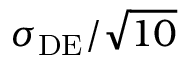
\sigma _ { \mathrm { D E } } / \sqrt { 1 0 }